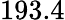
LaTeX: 193.4